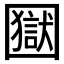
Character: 𡈭